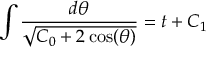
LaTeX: \int { \frac { d \theta } { \sqrt { C _ { 0 } + 2 \cos ( \theta ) } } } = t + C _ { 1 }